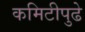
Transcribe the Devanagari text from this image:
कमिटीपुढे